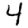
Digit: 4